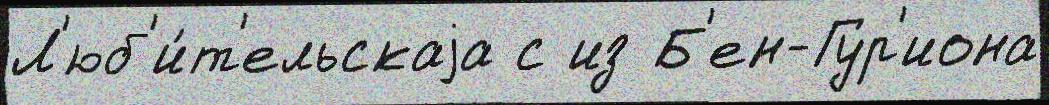
Л'юб'и́т'ельскаjа с из Б'ен-Гур'иона